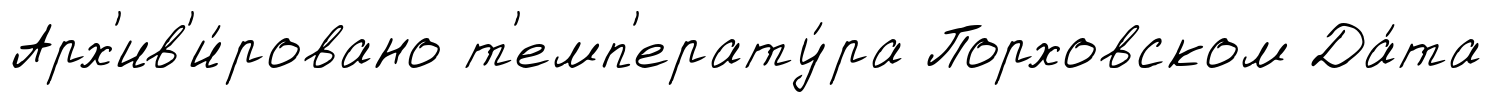
Арх'ив'и́ровано т'емп'ерату́ра Порховском Да́та